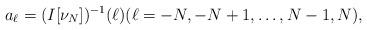
LaTeX: \begin{align*}a_{\ell} = (I[\nu_{N}])^{-1}(\ell)(\ell = -N, -N+1, \ldots, N-1, N), \end{align*}